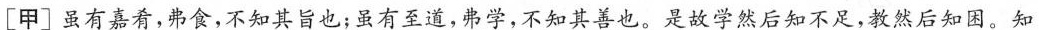
[甲]虽有嘉肴，弗食，不知其旨也；虽有至道，弗学，不知其善也。是故学然后知不足，教然后知困。知